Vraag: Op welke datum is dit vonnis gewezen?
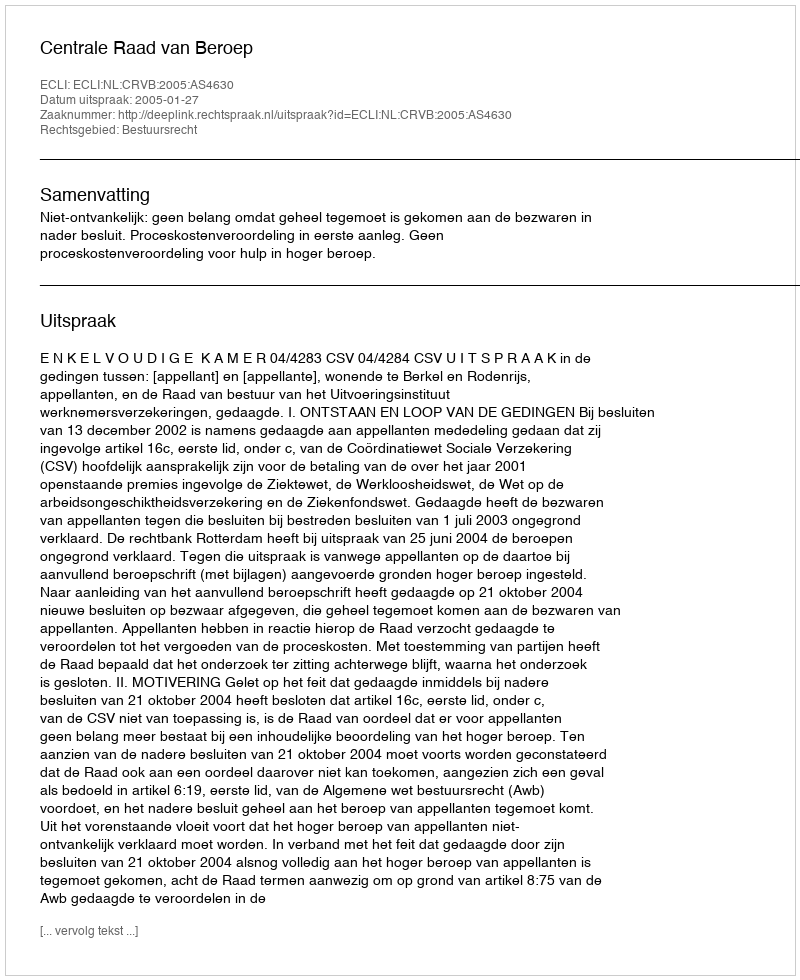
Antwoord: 2005-01-27